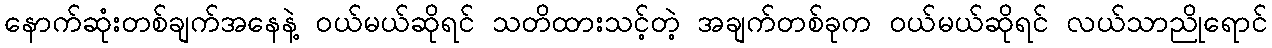
နောက်ဆုံးတစ်ချက်အနေနဲ့ ဝယ်မယ်ဆိုရင် သတိထားသင့်တဲ့ အချက်တစ်ခုက ဝယ်မယ်ဆိုရင် လယ်သာညိုရောင်